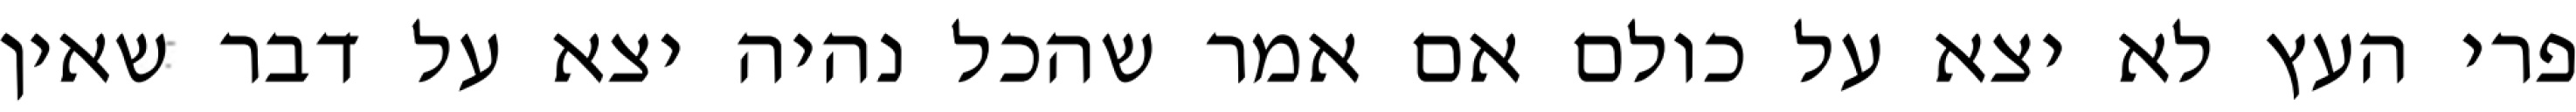
פרי העץ לא יצא על כולם אם אמר שהכל נהיה יצא על דבר שאין